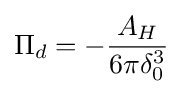
\Pi _{d}=-{\frac {A_{H}}{6\pi \delta _{0}^{3}}}